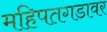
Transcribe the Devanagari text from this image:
महिपतगडावर